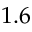
1 . 6